Civil Veterinary Department. United Provinces 1923-31 - 1923-1931
Year: 1923
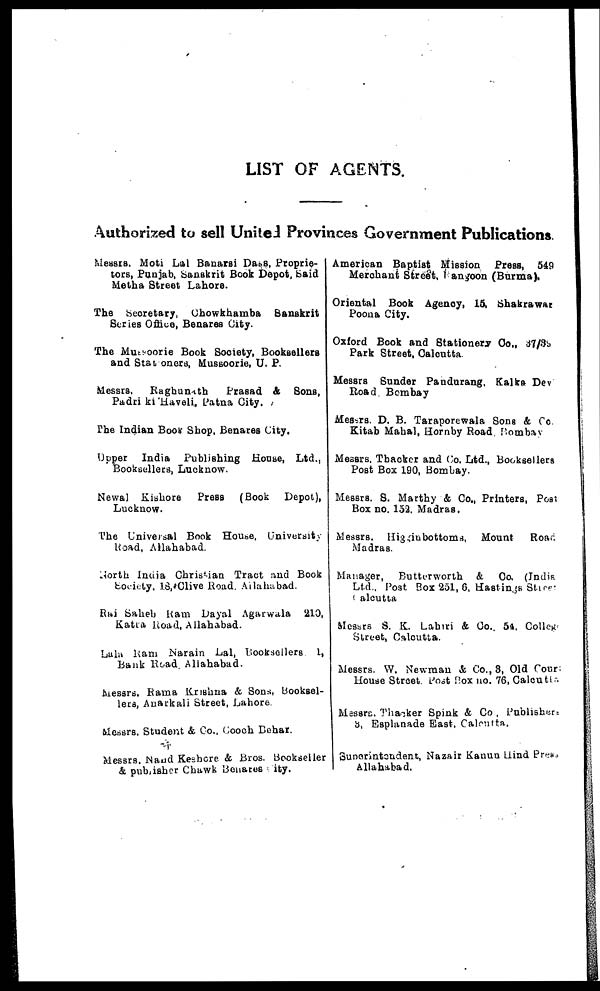
LIST OF AGENTS.
Authorized to sell United Provinces Government Publications.
Messrs. Moti Lal Banarsi Dass, Proprie-
tors, Punjab, Sanskrit Book Depot, Said
Metha Street Lahore.
The Secretary, Chowkhamba Sanskrit
Series Office, Benares City.
The Mussoorie Book Society, Booksellers
and Stationers, Mussoorie, U. P.
Messrs,
Raghunath
Prasad & Sons,
Padri ki Haveli, Patna City.
The Indian BOOK Shop, Benares City.
Upper India Publishing House, Ltd.,
Booksellers, Lucknow.
Newal Kishore
Press (Book Depot),
Lucknow.
The Universal Book House, University
Road, Allahabad.
North India Christian Tract and Book
Society, 1. 8, Clive Road. Allahabad.
Rai Saheb Ram Dayal Agarwala 210,
Katra Road, Allahabad.
Lala Ram Narain Lal, Booksellers 1,
Bank Road. Allahabad.
Messrs. Rama Krishna & Sons, Booksel-
lers, Anarkali Street, Lahore.
Messrs. Student & Co., Cooch Behar.
Messrs. Nand Keshore & Bros. Bookseller
& publisher Chawk Benares City.
American Baptist Mission Press, 549
Merchant Street, angoon (Burma),
Oriental Book Agency, 15, Shakrawar
Poona City.
Oxford Book and Stationery Co., 37/38
Park Street, Calcutta.
Messrs Sunder Pandurang, Kalka Dev
Road. Bombay
Messrs. D. B. Taraporewala Sons & Co.
Kitab Mahal, Hornby Road. Bombay
Messrs. Thacker and Co. Ltd., Booksellers
Post Box 190, Bombay.
Messrs. S. Marthy & Co., Printers, Post
Box no. 152, Madras.
Messrs. Higginbottoms, Mount
Road
Madras.
Manager, Butterworth & Co. (India
Ltd., Post Box 251, 6, Hastings Stress
Calcutta.
Messrs S. K. Lahiri & Co., 54, College
Street, Calcutta.
Messrs. W. Newman & Co., 3, Old CourT
House Street. Post Rox no. 76, Calcutta.
Messrs. Thacker Spink & Co., Publisher
3, Esplanade Bast, Calcutta,.
Superintendent, Nazair Kanun Hind Press
Allahabad.